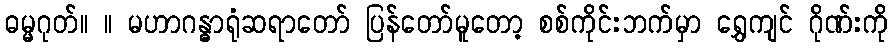
ဓမ္မဂုတ်။ ။ မဟာဂန္ဓာရုံဆရာတော် ပြန်တော်မူတော့ စစ်ကိုင်းဘက်မှာ ရွှေကျင် ဂိုဏ်းကို